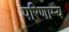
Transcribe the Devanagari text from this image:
परिणाम्य